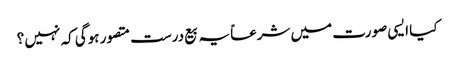
کیا ایسی صورت میں شرعاً یہ بیع درست متصور ہوگی کہ نہیں ؟